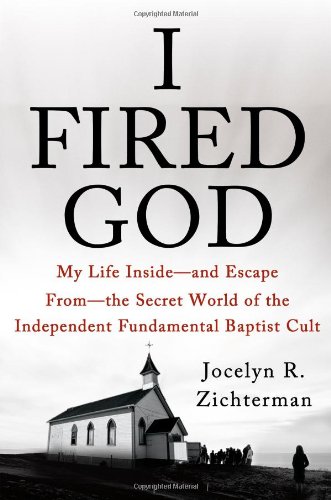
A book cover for I Fired God: My Life Inside---and Escape from---the Secret World of the Independent Fundamental Baptist Cult; Jocelyn Zichterman; Christian Books & Bibles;